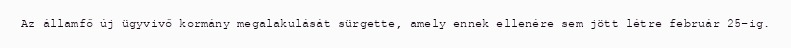
Az államfő új ügyvivő kormány megalakulását sürgette, amely ennek ellenére sem jött létre február 25-ig.